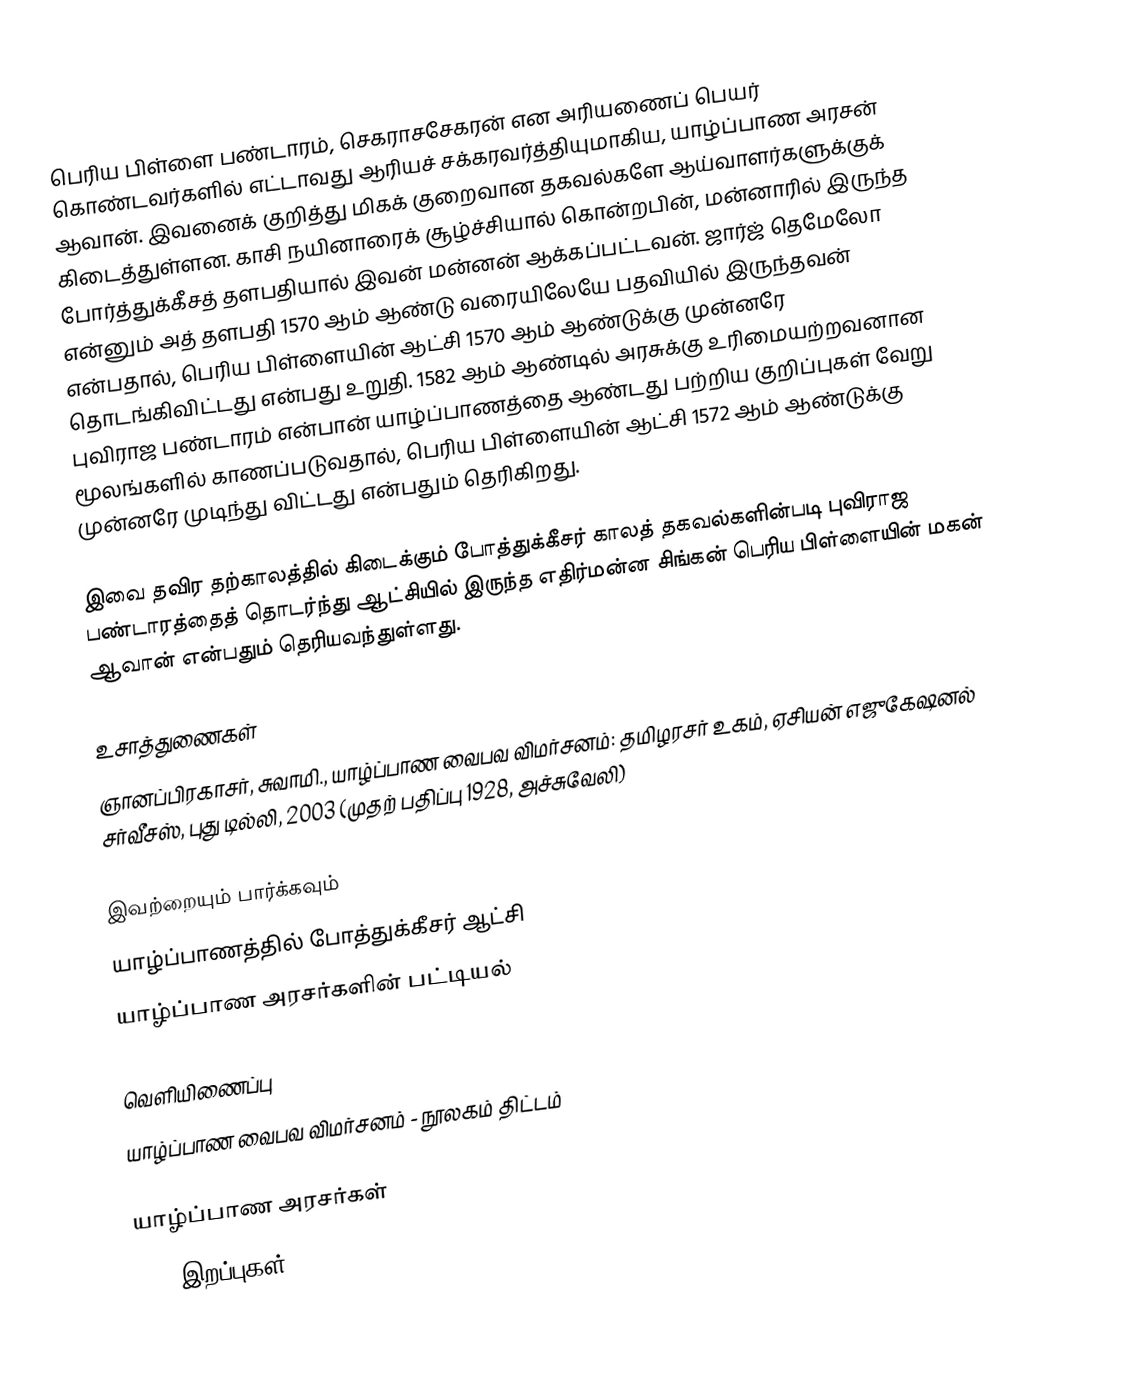
பெரிய பிள்ளை பண்டாரம், செகராசசேகரன் என அரியணைப் பெயர் கொண்டவர்களில் எட்டாவது ஆரியச் சக்கரவர்த்தியுமாகிய, யாழ்ப்பாண அரசன் ஆவான். இவனைக் குறித்து மிகக் குறைவான தகவல்களே ஆய்வாளர்களுக்குக் கிடைத்துள்ளன. காசி நயினாரைக் சூழ்ச்சியால் கொன்றபின், மன்னாரில் இருந்த போர்த்துக்கீசத் தளபதியால் இவன் மன்னன் ஆக்கப்பட்டவன். ஜார்ஜ் தெமேலோ என்னும் அத் தளபதி 1570 ஆம் ஆண்டு வரையிலேயே பதவியில் இருந்தவன் என்பதால், பெரிய பிள்ளையின் ஆட்சி 1570 ஆம் ஆண்டுக்கு முன்னரே தொடங்கிவிட்டது என்பது உறுதி. 1582 ஆம் ஆண்டில் அரசுக்கு உரிமையற்றவனான புவிராஜ பண்டாரம் என்பான் யாழ்ப்பாணத்தை ஆண்டது பற்றிய குறிப்புகள் வேறு மூலங்களில் காணப்படுவதால், பெரிய பிள்ளையின் ஆட்சி 1572 ஆம் ஆண்டுக்கு முன்னரே முடிந்து விட்டது என்பதும் தெரிகிறது.

இவை தவிர தற்காலத்தில் கிடைக்கும் போத்துக்கீசர் காலத் தகவல்களின்படி புவிராஜ பண்டாரத்தைத் தொடர்ந்து ஆட்சியில் இருந்த எதிர்மன்ன சிங்கன் பெரிய பிள்ளையின் மகன் ஆவான் என்பதும் தெரியவந்துள்ளது.

உசாத்துணைகள்
 ஞானப்பிரகாசர், சுவாமி., யாழ்ப்பாண வைபவ விமர்சனம்: தமிழரசர் உகம், ஏசியன் எஜுகேஷனல் சர்வீசஸ், புது டில்லி, 2003 (முதற் பதிப்பு 1928, அச்சுவேலி)

இவற்றையும் பார்க்கவும்
 யாழ்ப்பாணத்தில் போத்துக்கீசர் ஆட்சி
 யாழ்ப்பாண அரசர்களின் பட்டியல்

வெளியிணைப்பு
 யாழ்ப்பாண வைபவ விமர்சனம்  - நூலகம் திட்டம்

யாழ்ப்பாண அரசர்கள்
1582 இறப்புகள்